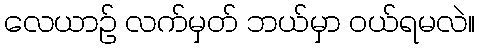
လေယာဉ် လက်မှတ် ဘယ်မှာ ဝယ်ရမလဲ။